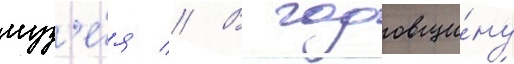
муз'е́я // В годовщи́ну